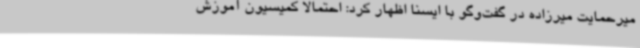
میرحمایت میرزاده در گفت‌وگو با ایسنا اظهار کرد: احتمالا کمیسیون آموزش